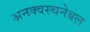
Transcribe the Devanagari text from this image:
अनक्वस्चनेबल